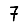
Digit: 7